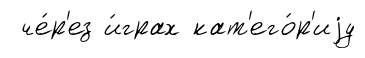
че́р'ез и́грах кат'его́р'иjу